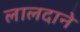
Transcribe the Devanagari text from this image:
लालदाने